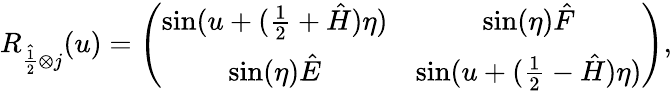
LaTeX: R_{\hat{\frac 12}\otimes j}(u)=\left(\begin{array}{cccc}{{\sin(u+(\frac{1}{2}+\hat{H})\eta)}}&{{\sin(\eta)\hat{F}}}\\ {{\sin(\eta)\hat{E}}}&{{\sin(u+(\frac{1}{2}-\hat{H})\eta)}}\end{array}\right),